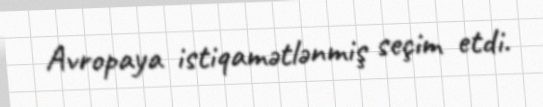
Avropaya istiqamətlənmiş seçim etdi.